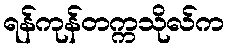
ရန်ကုန်တက္ကသိုလ်က